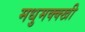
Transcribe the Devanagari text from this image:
मधुमक्क्खी